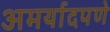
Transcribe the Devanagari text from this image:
अमर्यादपणे